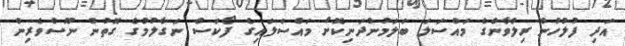
އަދި ފުލުހުން ރިލްވާންގެ މައްސަލަ ބަލަމުންދަނިކޮށް މައްސަލައިގެ ފޯކަސް ނަގާލުމުގެ ގޮތުން ނޫސްވެރިން